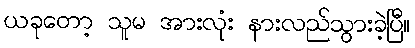
ယခုတော့ သူမ အားလုံး နားလည်သွားခဲ့ပြီ။